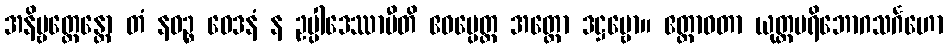
အနိဗ္ဗတ္တေန္တော တံ နဝဉ္စ ဝေဒနံ န ဥပ္ပါဒေဿာမီတိ ဧဝမ္ပေတ္ထ အတ္ထော ဒဋ္ဌဗ္ဗော။ ဧတ္တာဝတာ ယုတ္တပရိဘောဂသင်္ဂဟော